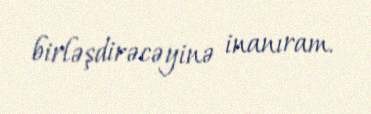
birləşdirəcəyinə inanıram.